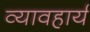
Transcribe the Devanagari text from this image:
व्यावहार्य